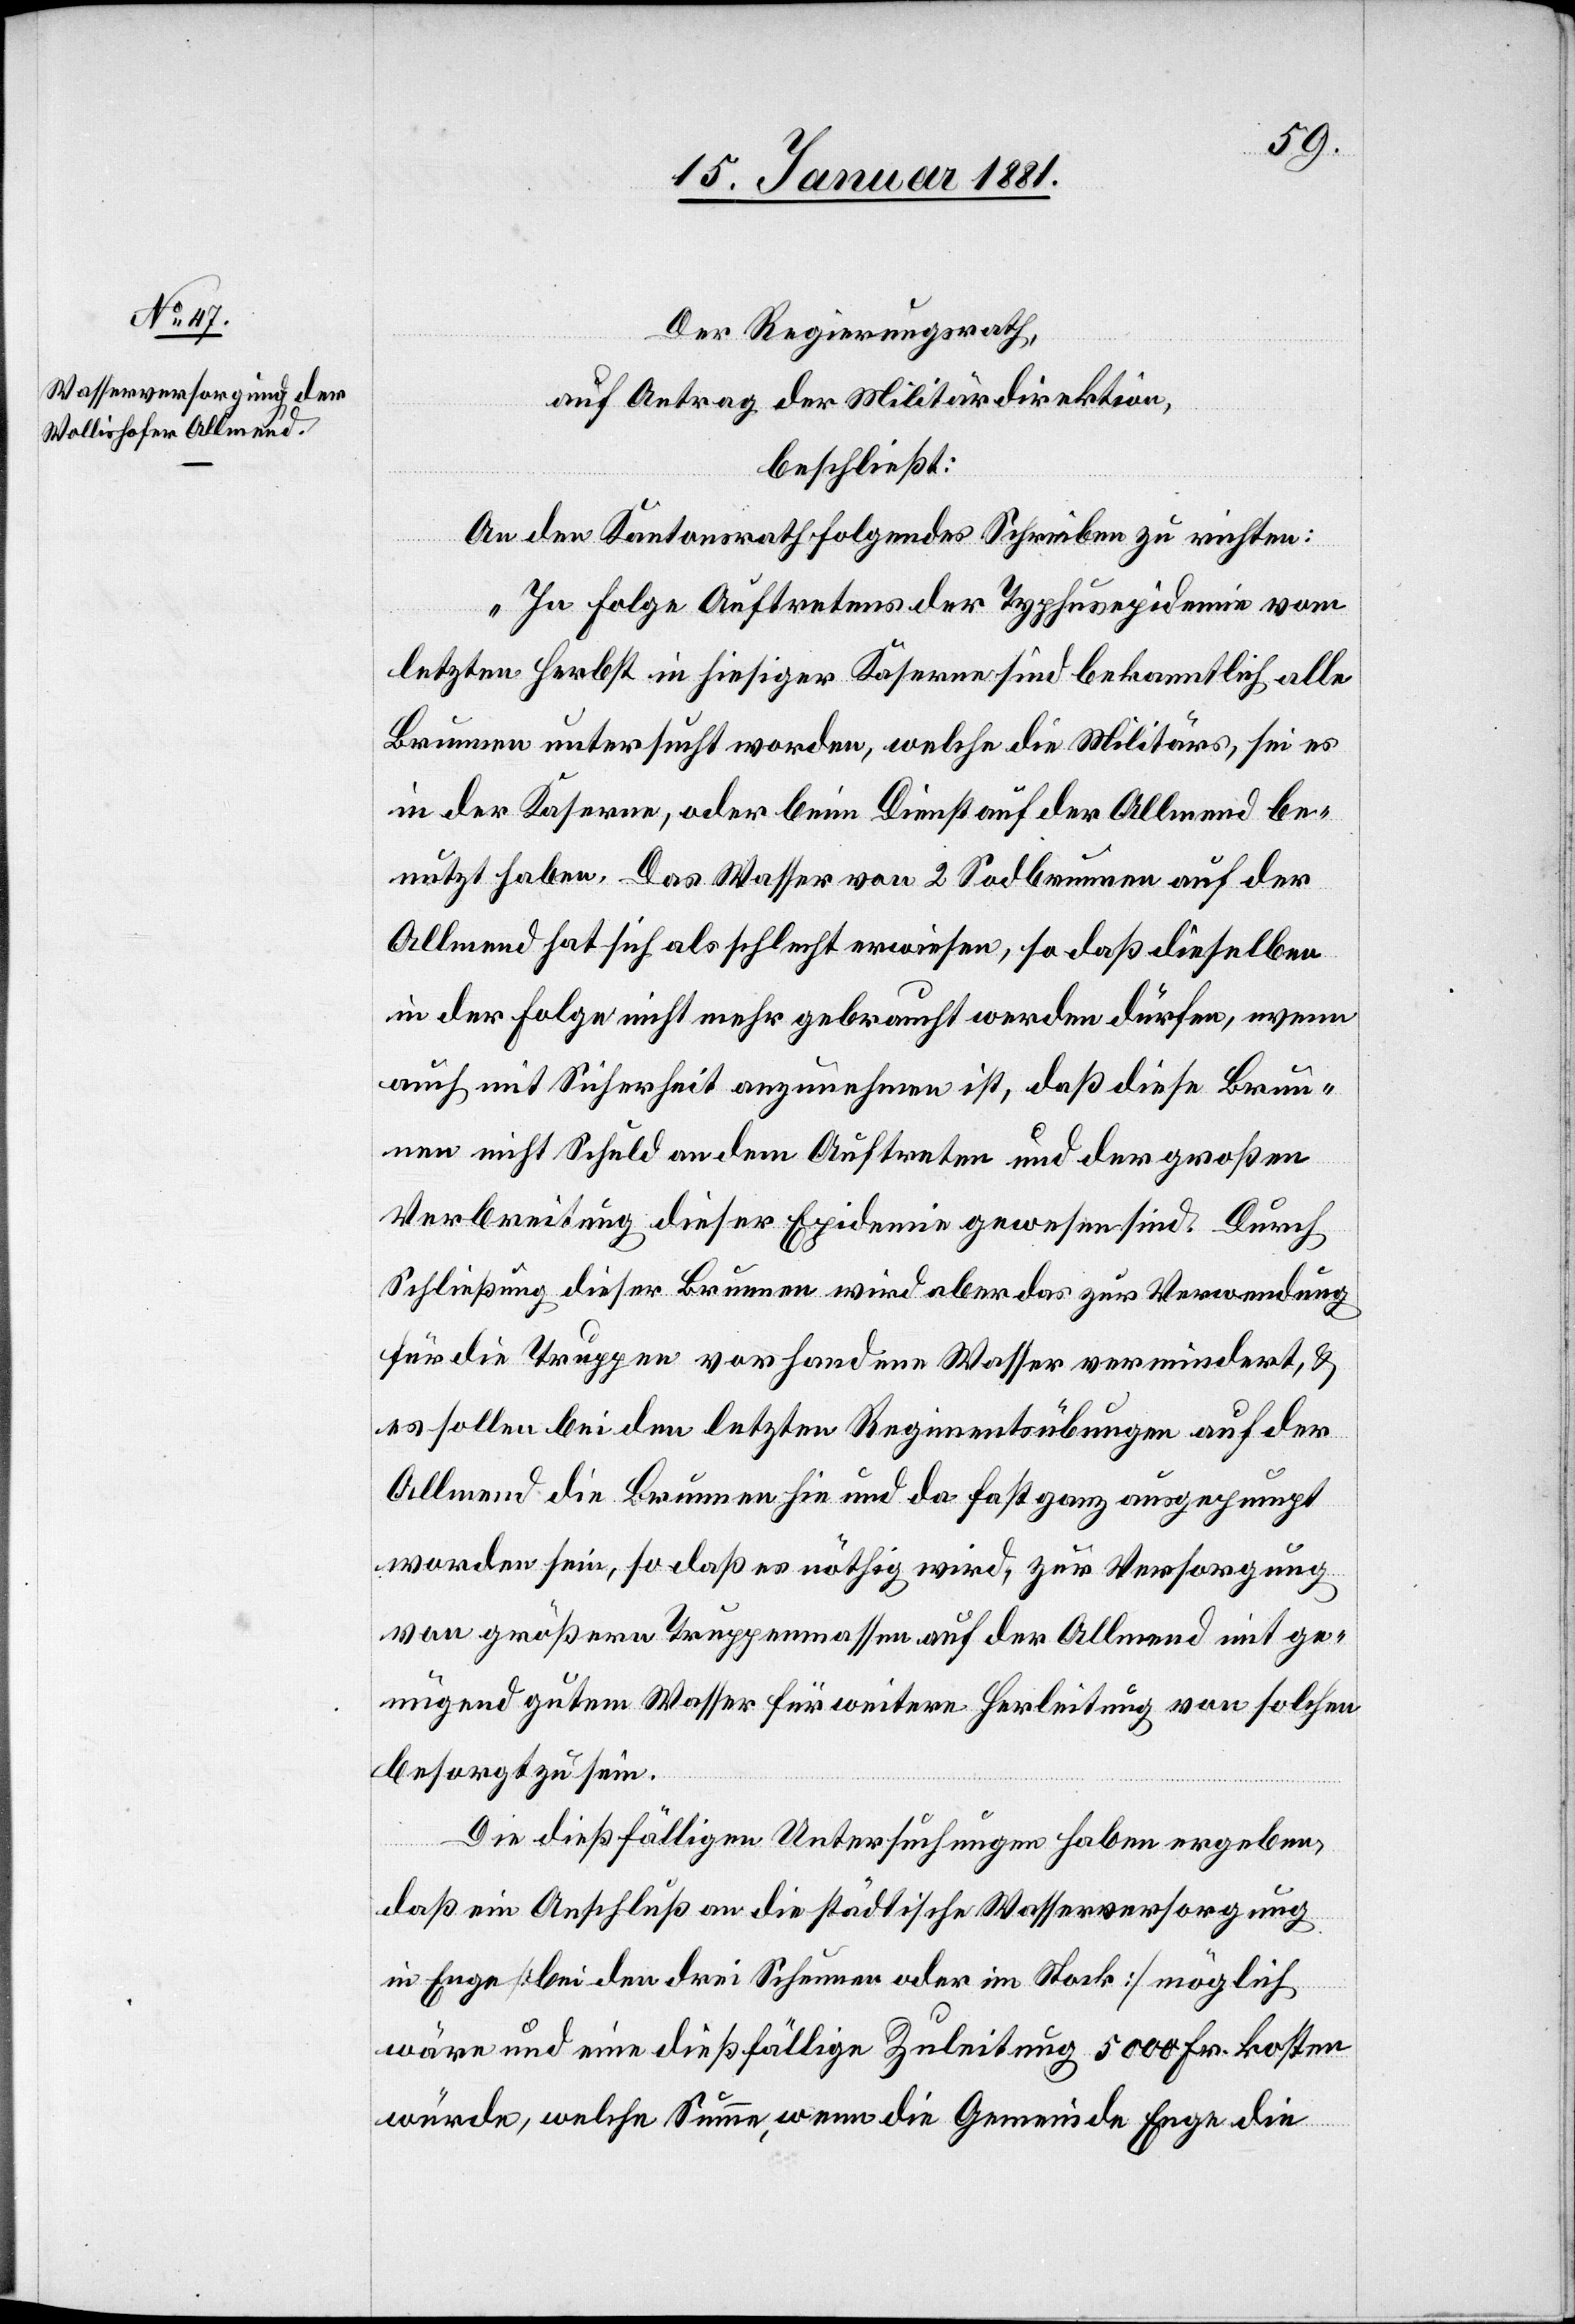
Der Regierungsrath,
auf Antrag der Militärdirektion,
beschließt:
An den Kantonsrath folgendes Schreiben zu richten:
„In Folge Auftretens der Typhusepidemie vom
letzten Herbst in hiesiger Kaserne sind bekanntlich alle
Brunnen untersucht worden, welche die Militärs, sei es
in der Kaserne, oder beim Dienst auf der Allmend be¬
nutzt haben. Das Wasser von 2. Sodbrunnen auf der
Allmend hat sich als schlecht erwiesen, so daß dieselben
in der Folge nicht mehr gebraucht werden dürfen, wenn
auch mit Sicherheit anzunehmen ist, daß diese Brun¬
nen nicht Schuld an dem Auftreten und der großen
Verbreitung dieser Epidemie gewesen sind. Durch
Schließung dieser Brunnen wird aber das zur Verwendung
für die Truppen vorhandene Wasser vermindert, &
es sollen bei den letzten Regimentsübungen auf der
Allmend die Brunnen hin und da fast ganz ausgepumpt
worden sein, so daß es nöthig wird, zur Versorgung
von größeren Truppenmassen auf der Allmend mit ge¬
nügend gutem Wasser für weitere Herleitung von solchen
besorgt zu sein.
Die dießfälligen Untersuchungen haben ergeben,
daß ein Anschluß an die städtische Wasserversorgung
in Enge [bei den drei Scheunen oder im Stock] möglich
wäre und eine dießfällige Zuleitung 5000 Fr. kosten
würde, welche Summe wenn die Gemeinde Enge die